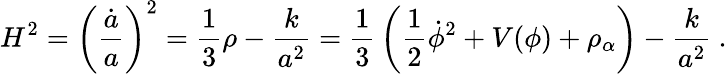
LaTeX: H^{2}=\left({\frac{\dot{a}}{a}}\right)^{2}={\frac{1}{3}}\rho-{\frac{k}{a^{2}}}={\frac{1}{3}}\left({\frac{1}{2}}\dot{\phi}^{2}+V(\phi)+\rho_{\alpha}\right)-{\frac{k}{a^{2}}}\ .